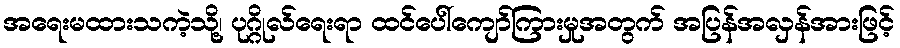
အရေးမထားသကဲ့သို့၊ ပုဂ္ဂိုလ်ရေးရာ ထင်ပေါ်ကျော်ကြားမှုအတွက် အပြန်အလှန်အားဖြင့်